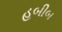
હબીબ